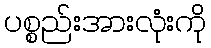
ပစ္စည်းအားလုံးကို